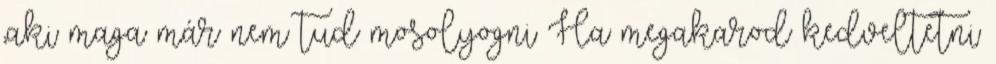
,aki maga már nem tud mosolyogni Ha megakarod kedveltetni